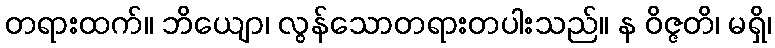
တရားထက်။ ဘိယျော၊ လွန်သောတရားတပါးသည်။ န ဝိဇ္ဇတိ၊ မရှိ၊